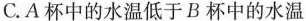
C.A杯中的水温低于B杯中的水温